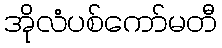
အိုလံပစ်ကော်မတီ